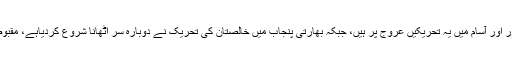
اس وقت بھارت میں ناگالینڈ، مینرد ورام، منی پور اور آسام میں یہ تحریکیں عروج پر ہیں، جبکہ بھارتی پنجاب میں خالصتان کی تحریک نے دوبارہ سر اٹھانا شروع کردیاہے، مقبوضہ کشمیر میں آزادی کی تحریک عروج پر ہے۔